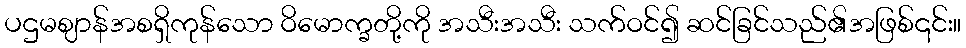
ပဌမဈာန်အစရှိကုန်သော ဝိမောက္ခတို့ကို အသီးအသီး သက်ဝင်၍ ဆင်ခြင်သည်၏အဖြစ်၎င်း။